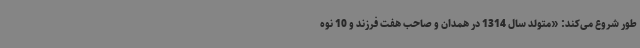
طور شروع می‌کند: «متولد سال 1314 در همدان و صاحب هفت فرزند و 10 نوه